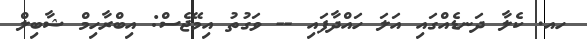
ހއ. ކެލާ ދަނޑެއްގައި އަލަ ހައްދާފައި -- ވަގުތު އިމޭޖެސް: އިބްރާހިމް ޝާބިލް